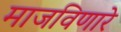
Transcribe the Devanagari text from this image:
माजविणारे